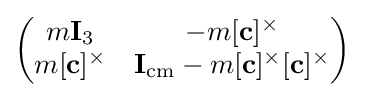
\left({\begin{matrix}m{\mathbf {I} _{3}}&-m[{\mathbf {c} }]^{\times }\\m[{\mathbf {c} }]^{\times }&{\mathbf {I} }_{\rm {cm}}-m[{\mathbf {c} }]^{\times }[{\mathbf {c} }]^{\times }\end{matrix}}\right)